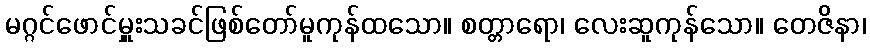
မဂ္ဂင်ဖောင်မှူးသခင်ဖြစ်တော်မူကုန်ထသော။ စတ္တာရော၊ လေးဆူကုန်သော။ တေဇိနာ၊